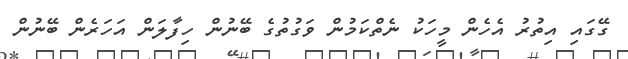
ގޭގައި އިތުރު އެހެން މީހަކު ނެތްކަމުން ވަގުތުގެ ބޭނުން ހިފާލަން އަހަރެން ބޭނުން